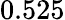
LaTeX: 0.525